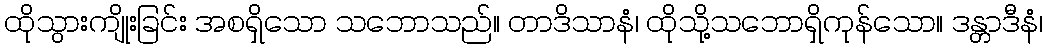
ထိုသွားကျိုးခြင်း အစရှိသော သဘောသည်။ တာဒိသာနံ၊ ထိုသို့သဘောရှိကုန်သော။ ဒန္တာဒီနံ၊